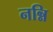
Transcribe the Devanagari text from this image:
नन्नि